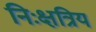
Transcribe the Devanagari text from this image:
निःक्षत्रिय